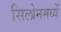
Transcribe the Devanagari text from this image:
सिलोनमध्यें